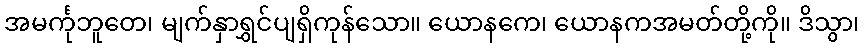
အမင်္ကုဘူတေ၊ မျက်နှာရွှင်ပျရှိကုန်သော။ ယောနကေ၊ ယောနကအမတ်တို့ကို။ ဒိသွာ၊